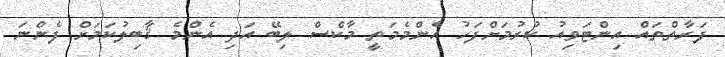
ފަރާތްތައް އިންޓަވިއު ކުރުމަށްފަހު އެންމެމަތީ މާކްސް ލިބޭ އަދި އެންމެ ޤާބިލުކަމަށް ފެންނަ